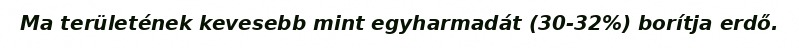
Ma területének kevesebb mint egyharmadát (30-32%) borítja erdő.